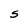
Character: S